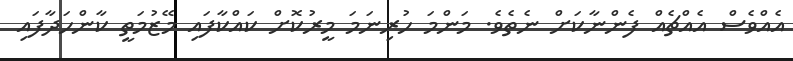
އެއްވެސް އެއްޗެއް ފެންނާކަށް ނެތެވެ. މަންމަ ހުރިނަމަ މީރުކޮށް ކައްކާފައި މޭޒުމަތީ ކާންހަދާފައި